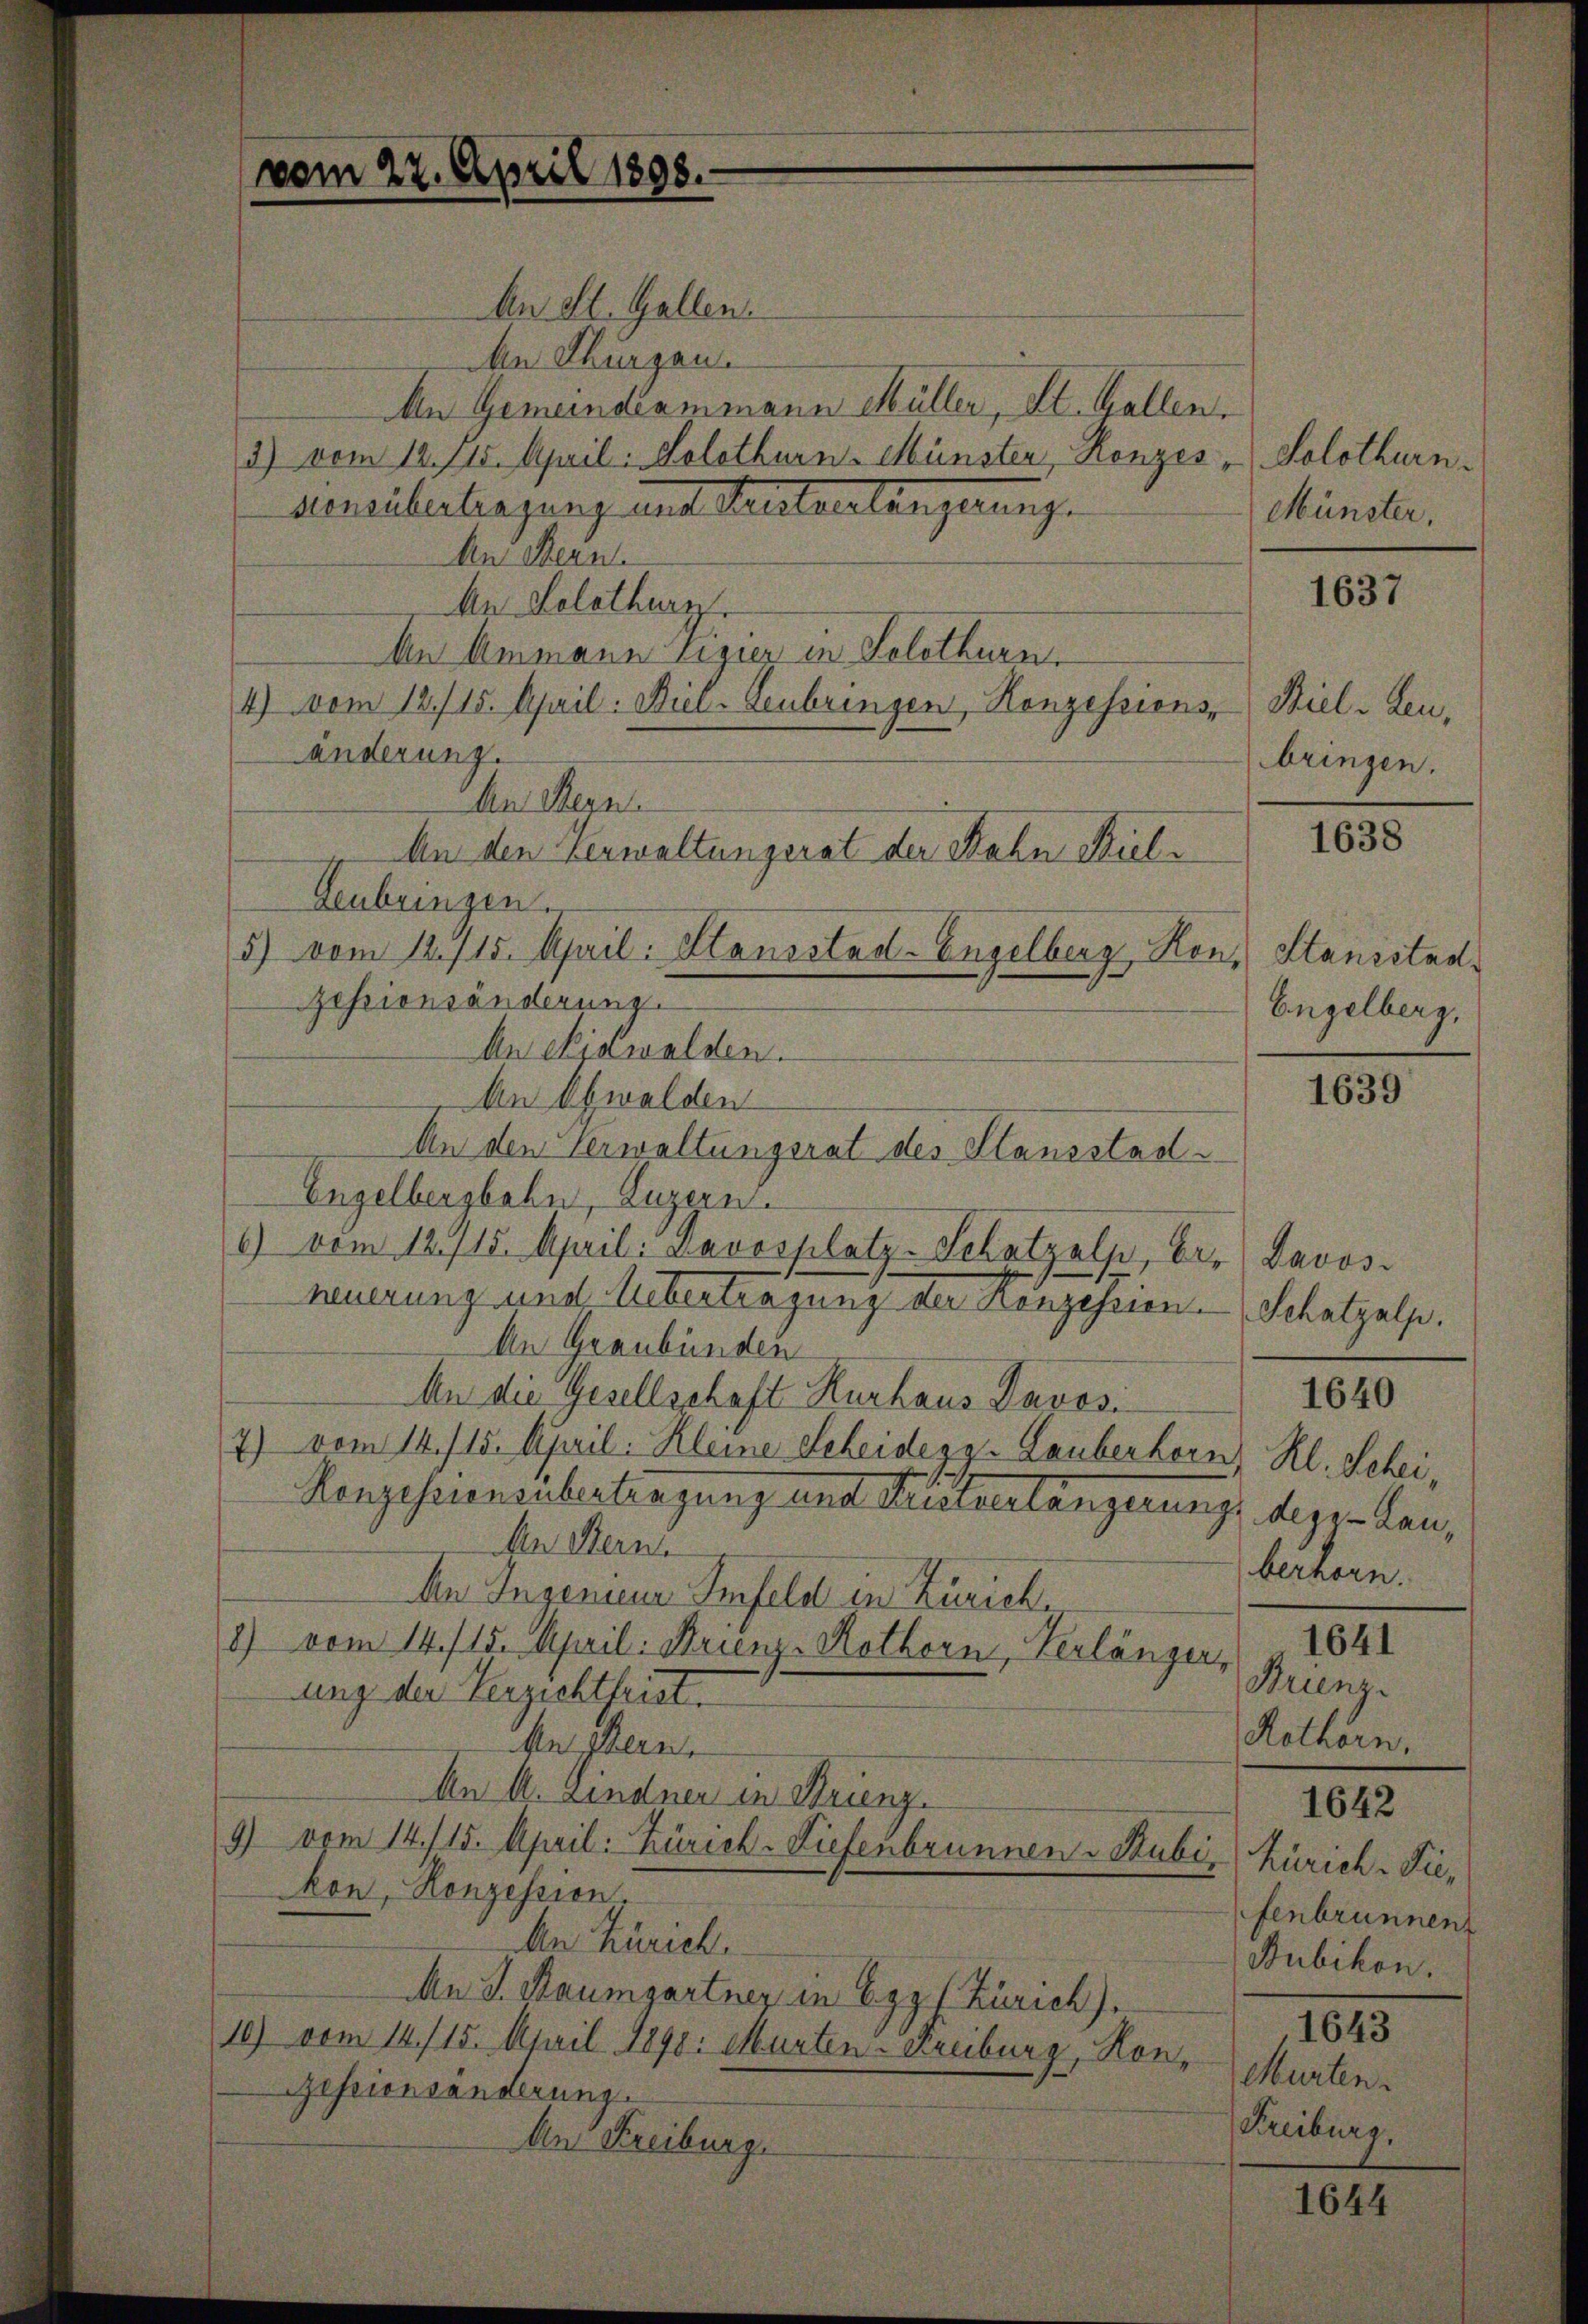
vom 22. April 1898.

An St. Gallen.
Aen Thurgau.
An Gemeindeammann Müller, St. Gallen.
3) vom 12. Jes. April: Solothurn-Münster, Konzes Solothurn.
hensübertragung und Mententengerunge
An Stern.
An Solothurn
An Ammann Vigier in Solothurn,
4) vom 12./15. April. Biel-Leubringen, Konzessions-
änderung.
An Stern.
An den Verwaltungsrat der Rahn Kiel¬
Leubringen.
5) vom 12. 715. April: Honsstad-Engelberg, Hon,
Zessionsänderung.
An Nidwalden.
An Obwalden
An den Verwaltungsrat des Stansstad
Engelbergbahn, Luzern.
6) vom 12./15. April: Davosplatz-Schatzalp, Er. Davos-
neuerung und Uebertragung der Konzession. Schatzalp.
An Graubünden
An die Gesellschaft Kurhaus Davosi
7) vom 14./15. April. Kleine Scheides Lauberhorn, Kl. Schei¬
Konzessionsübertragung und Räterlängerung des kan,
An Stern.
Aen Ingenieur Infeld in Zürich.
1) vom 14./25. April: Krienz-Kothorn, Verlänger, Brienzung der Verzichtleist.
Aestern
An A. Lindner in Struenz.
9) vom 14./15. April: Zürich-Liefenbrunnen - Rubi, Zürich-Fiekon, Konzession.
An Zürich.
An I. Raumgartner in Egg Zürich).
10) vom 14./15. April 1890: Murten-Freiburg, Hor-Murten.
Gessionsänderung.
An Freiburg.

Münster,

1637

Sielden,
bringen.

1638

Stansstad
Engelberg,

1639

berhorn.
Rothörn.
1642
fenbrunnent
Bubikon.
1643
Kreiburg.

1640

1641

1644